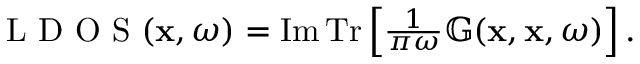
\begin{array} { r } { \textrm { L D O S } ( \mathbf { x } , \omega ) = \operatorname { I m } \operatorname { T r } \left[ \frac { 1 } { \pi \omega } \mathbb { G } ( \mathbf { x } , \mathbf { x } , \omega ) \right] . } \end{array}